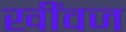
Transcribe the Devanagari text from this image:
खींवज